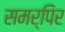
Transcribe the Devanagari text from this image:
समर्पिर